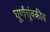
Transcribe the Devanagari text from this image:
घूर्णंचुंबकीय